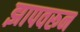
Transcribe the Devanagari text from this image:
झापवरून